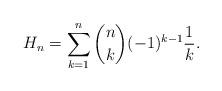
LaTeX: \begin{align*} H_n=\sum_{k=1}^n \binom{n}{k} (-1)^{k-1} \frac{1}{k}.\end{align*}